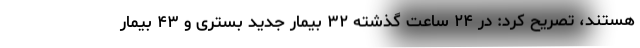
هستند، تصریح کرد: در ۲۴ ساعت گذشته ۳۲ بیمار جدید بستری و ۴۳ بیمار